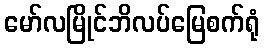
မော်လမြိုင်ဘိလပ်မြေစက်ရုံ